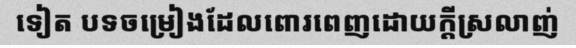
ទៀត បទចម្រៀងដែលពោរពេញដោយក្តីស្រលាញ់